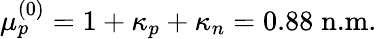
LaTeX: \mu_{p}^{(0)}=1+\kappa_{p}+\kappa_{n}=0.88\; \textrm{n.m.}